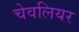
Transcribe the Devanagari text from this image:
चेवलियर